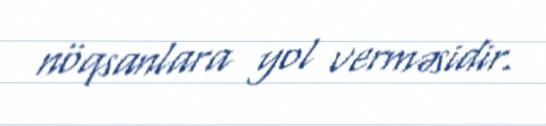
nöqsanlara yol verməsidir.